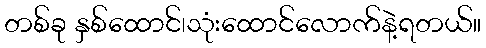
တစ်ခု နှစ်ထောင်၊သုံးထောင်လောက်နဲ့ရတယ်။